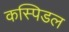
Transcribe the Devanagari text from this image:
कस्पिडल